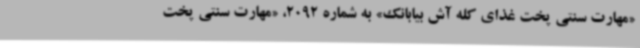
«مهارت سنتی پخت غذای کله آش بیابانک» به شماره 2092، «مهارت سنتی پخت